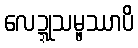
လေဍ္ဍုသမ္ဖဿာပိ